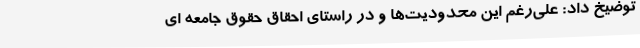
توضیخ داد: علی‌رغم این محدودیت‌ها و در راستای احقاق حقوق جامعه ای